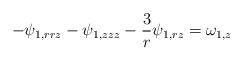
LaTeX: \begin{align*}-\psi_{1,rrz}-\psi_{1,zzz}-{3\over r}\psi_{1,rz}=\omega_{1,z}\end{align*}